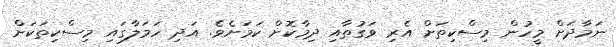
ނަމާދަށް މީހުން މިސްކިތަށް އެރި ވަގުތާއި ދިމާކޮށް ކަމަށެވެ. އަދި ހަމަލާގައި މިސްކިތަކަށް